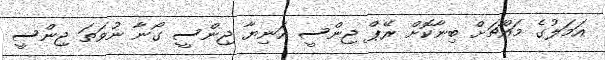
އަމަލުގެ މައްޗަށް ބިނާކޮށް ރޭޕް ޖިންސީ އަނިޔާ ޖިންސީ ގޯނާ ނުވަތަ ޖިންސީ